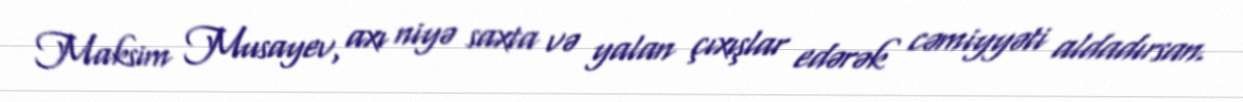
Maksim Musayev, axı niyə saxta və yalan çıxışlar edərək cəmiyyəti aldadırsan.